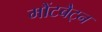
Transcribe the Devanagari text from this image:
मौंटबैट्न